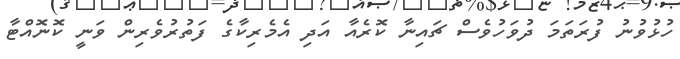
ހުޅުވުނު ފުރަތަމަ ދުވަހުވެސް ޗައިނާ ކޮރެއާ އަދި އެމެރިކާގެ ފަތުރުވެރިން ވަނީ ކޮނޮއްޓާ